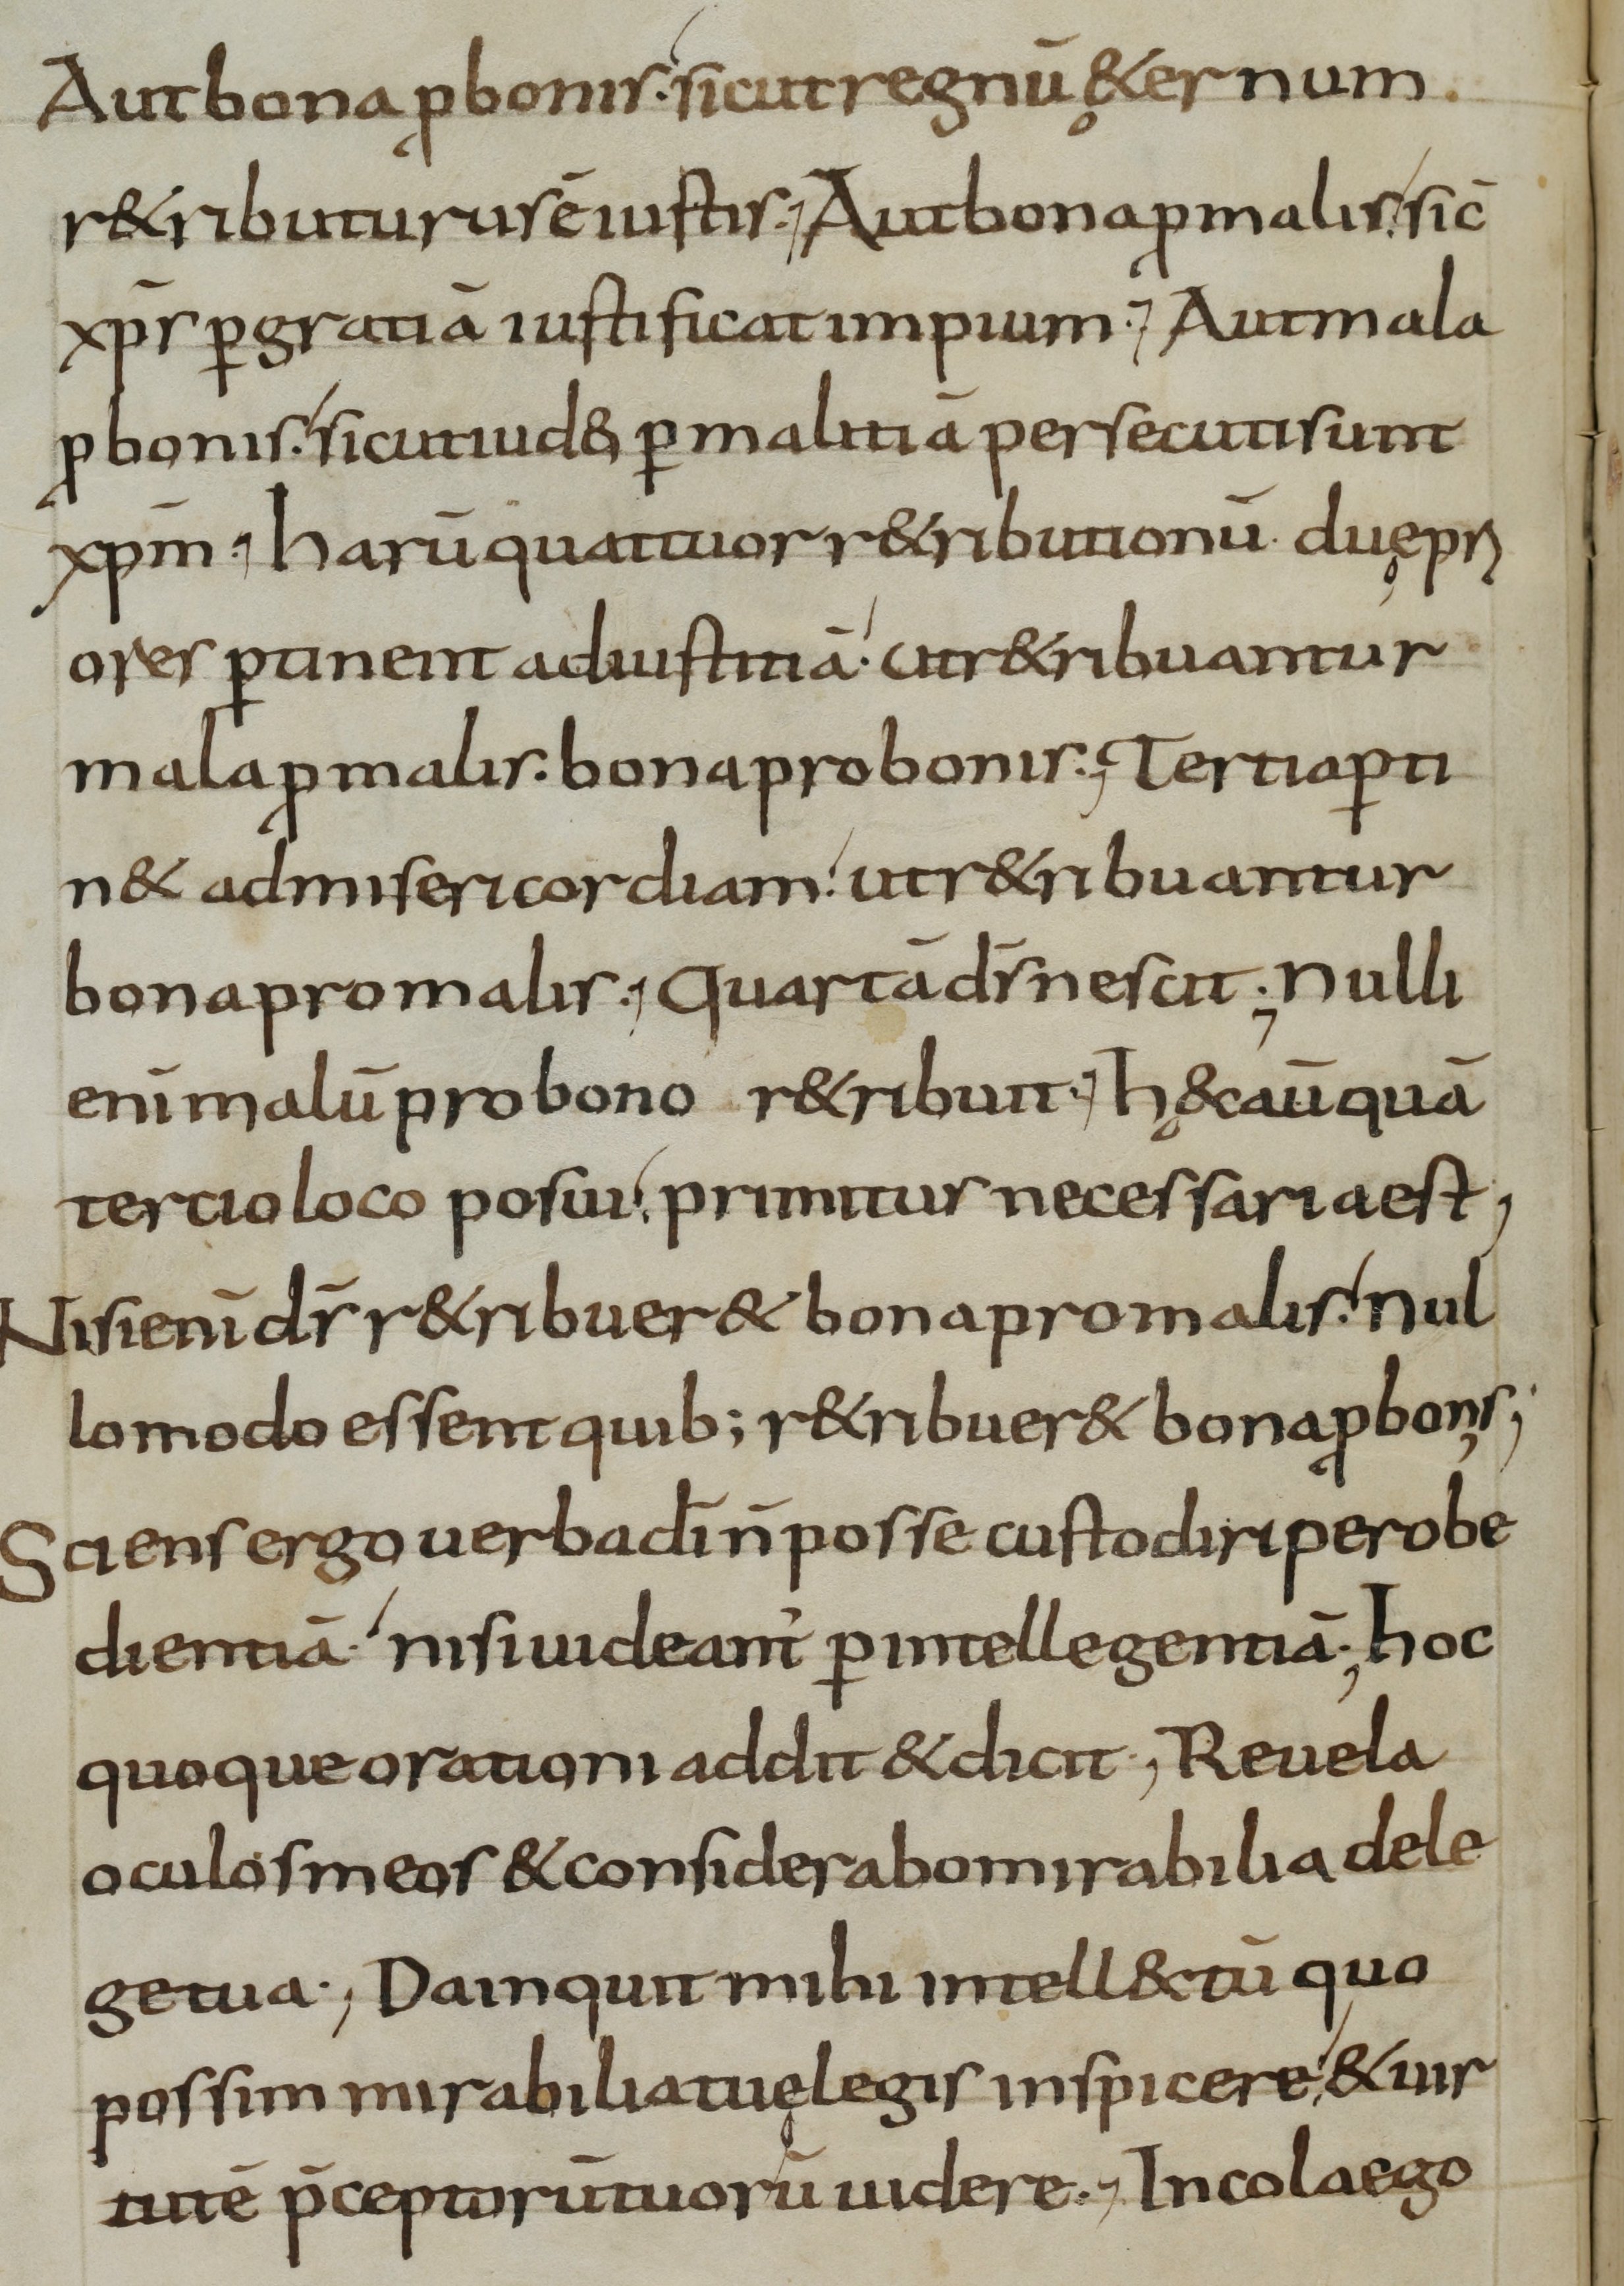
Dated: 900–999